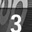
Digit: 3